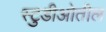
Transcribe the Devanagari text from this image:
स्टुडीओतील